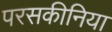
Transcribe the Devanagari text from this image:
परसकीनिया